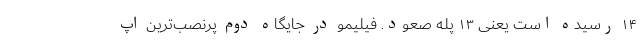
۱۴ رسیده است یعنی ۱۳ پله صعود. فیلیمو در جایگاه دوم پرنصب‌ترین اپ